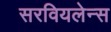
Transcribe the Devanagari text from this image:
सरवियलेन्स